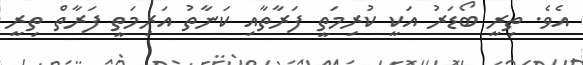
އެވެ. ތިރީ ބޯޑަރު އަކީ ކުރިމަތީ ފަރާތާއި ކަނާތު އަރިމަތީ ފަރާތް ތިރީ